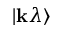
| \mathbf { k } \lambda \rangle